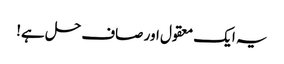
یہ ایک معقول اور صاف حل ہے!